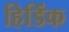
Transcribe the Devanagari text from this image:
हिडिंक